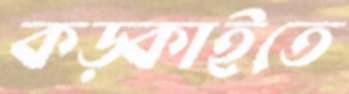
কড়্‌কাইতে